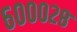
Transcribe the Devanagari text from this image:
६०००२८